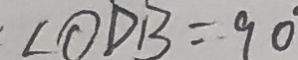
\angle O D B = 9 0 ^ { \circ }